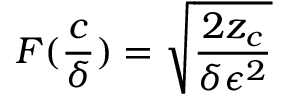
F ( \frac { c } { \delta } ) = \sqrt { \frac { 2 z _ { c } } { \delta \epsilon ^ { 2 } } }